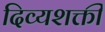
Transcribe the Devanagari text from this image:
दिव्यशक्ती